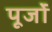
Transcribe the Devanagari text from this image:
पूर्जों